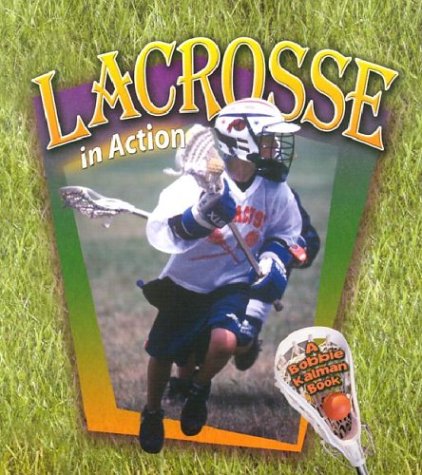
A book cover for Lacrosse in Action (Sports in Action); John Crossingham; Children's Books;